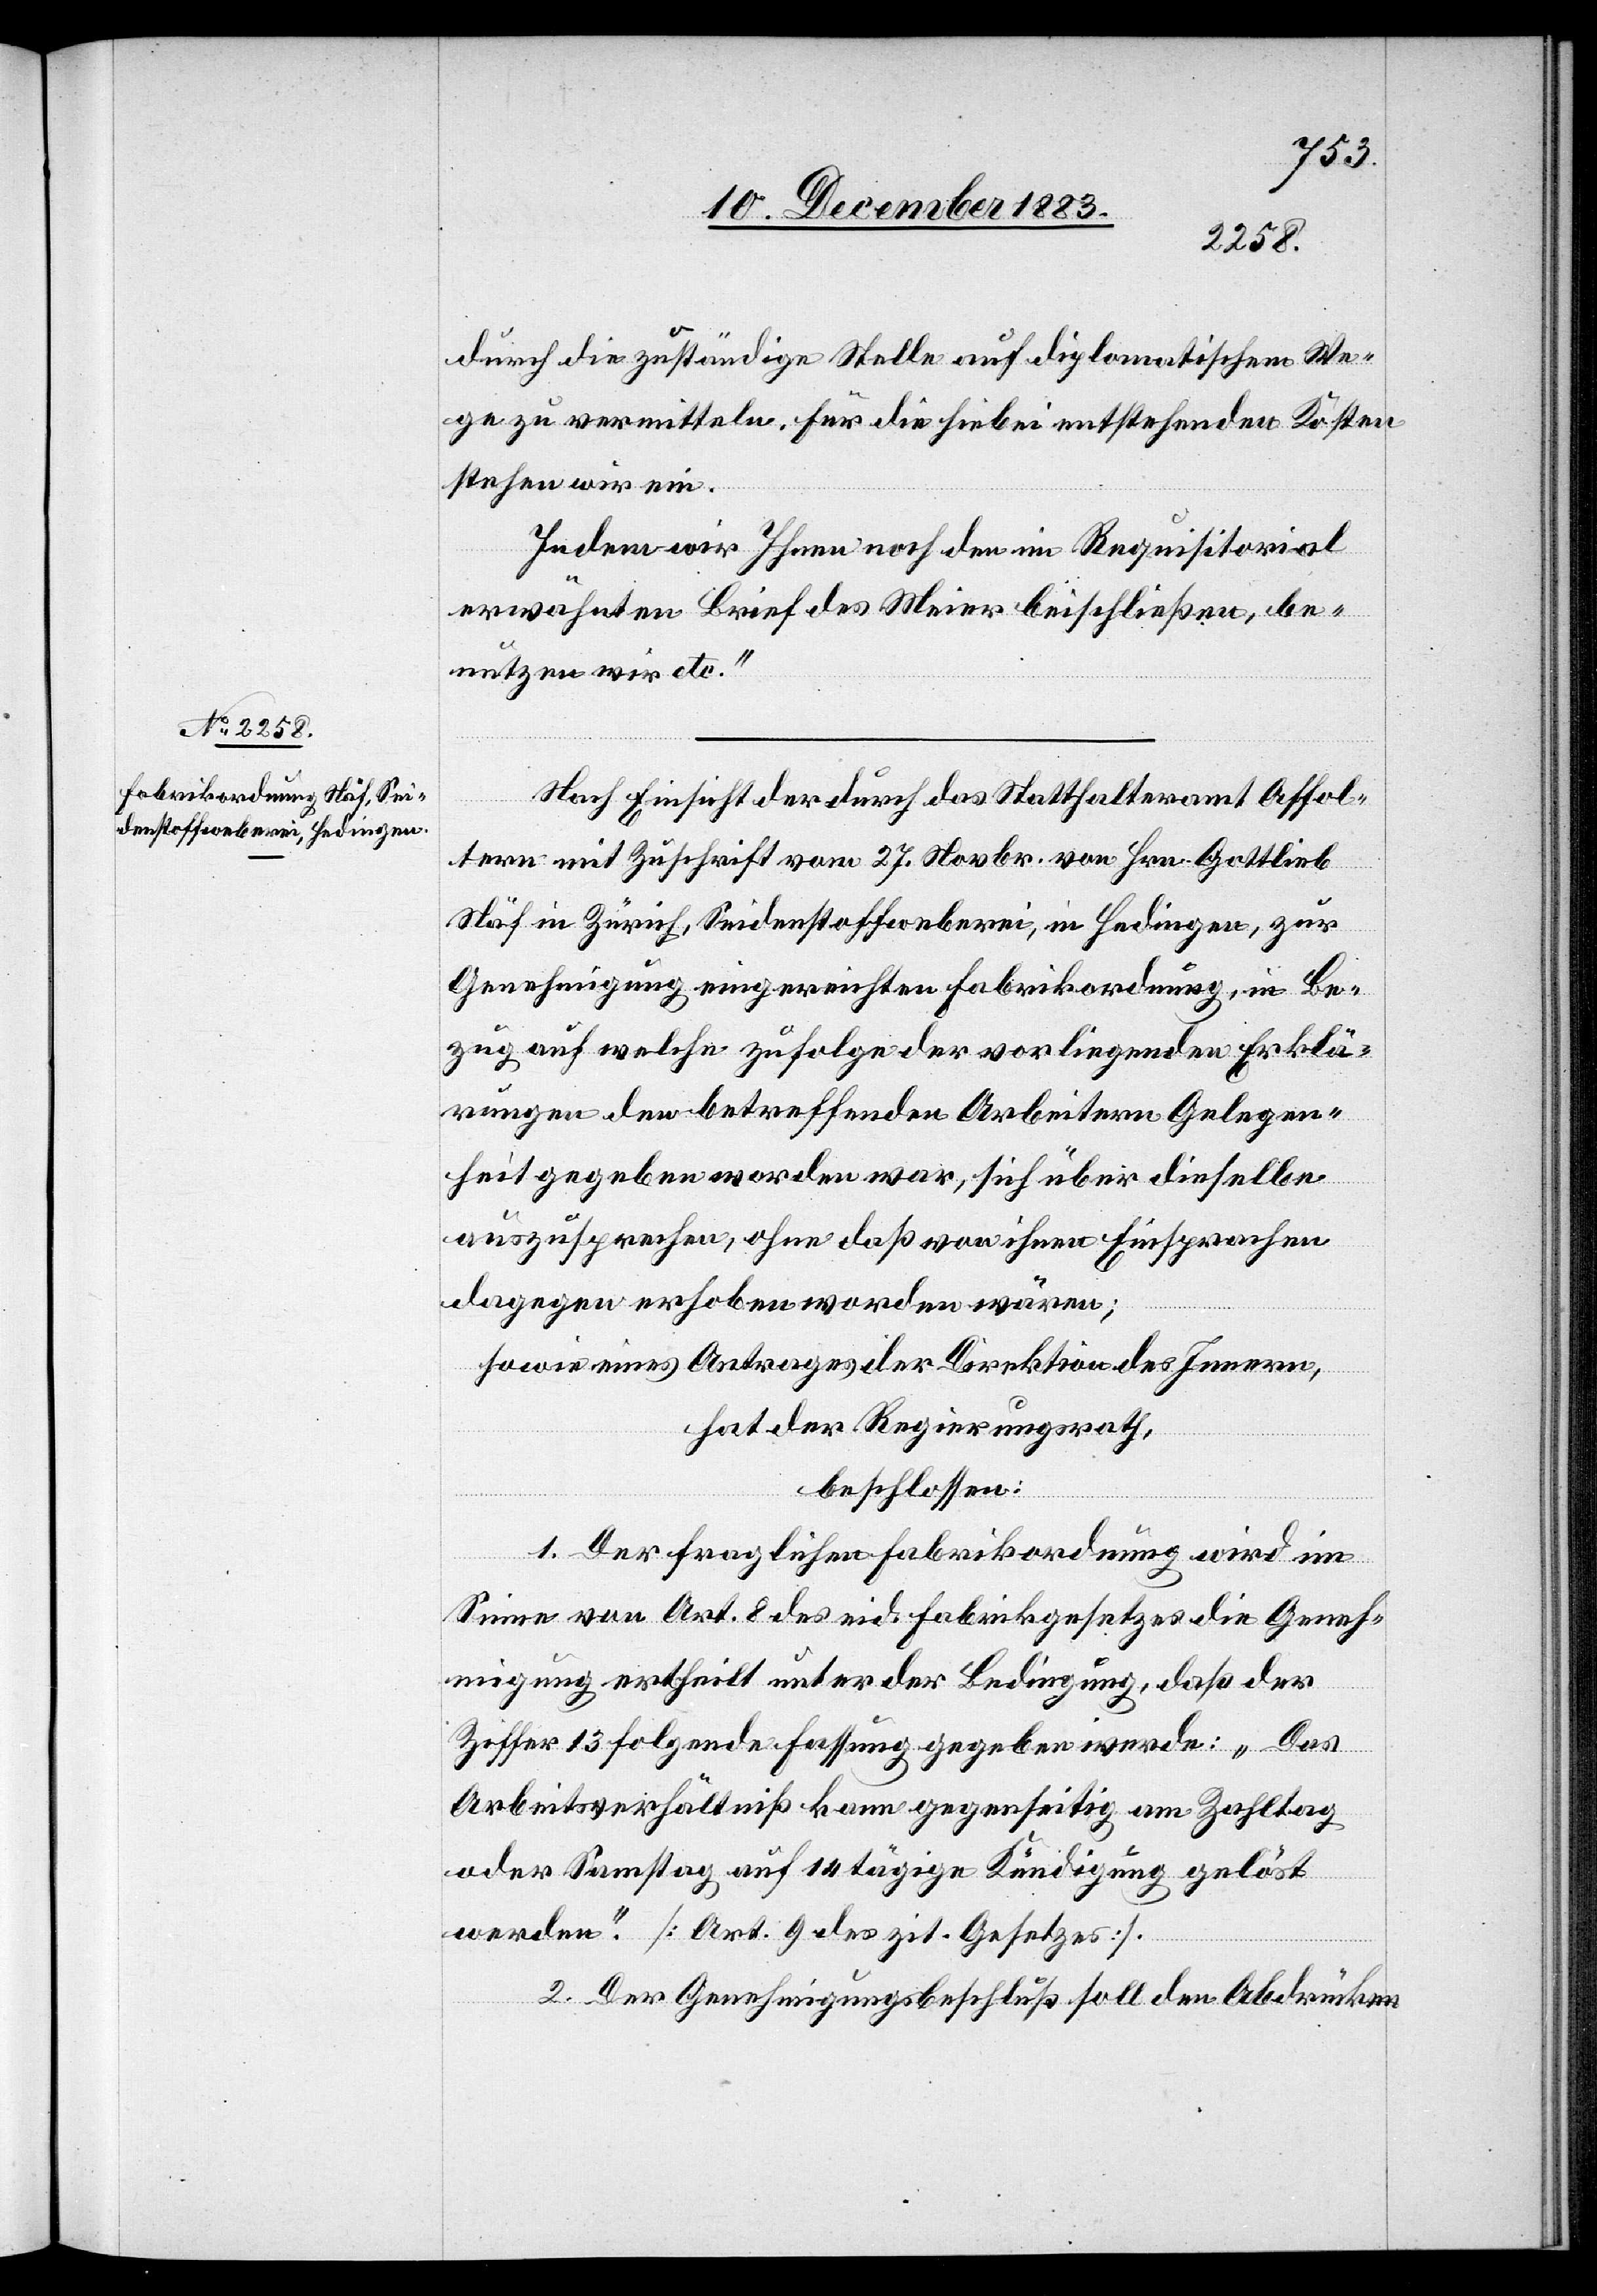
durch die zuständige Stelle auf diplomatischem We¬
ge zu vermitteln. Für die hiebei entstehenden Kosten
stehen wir ein.
Indem wir Ihnen noch den im Requisitorial
erwähnten Brief des Meier beischließen, be¬
nutzen wir etc.“
Nach Einsicht der durch das Statthalteramt Affol¬
tern mit Zuschrift vom 27. Novbr. von Hrn. Gottlieb
Näf in Zürich, Seidenstoffweberei, in Hedingen, zur
Genehmigung eingereichten Fabrikordnung, in Be¬
zug auf welche zufolge der vorliegenden Erklä¬
rungen den betreffenden Arbeitern Gelegen¬
heit gegeben worden war, sich über dieselbe
auszusprechen, ohne daß von ihnen Einsprachen
dagegen erhoben worden wären;
sowie eines Antrages der Direktion des Innern,
hat der Regierungsrath,
beschlossen:
1. Der fraglichen Fabrikordnung wird im
Sinne von Art. 8 des eid. Fabrikgesetzes die Geneh¬
migung ertheilt unter der Bedingung, daß der
Ziffer 13 folgende Fassung gegeben werde: „Das
Arbeitsverhältniß kann gegenseitig am Zahltag
oder Samstag auf 14 tägige Kündigung gelöst
werden.“ [Art. 9 des zit. Gesetzes].
2. Der Genehmigungsbeschluß soll den Abdrücken